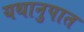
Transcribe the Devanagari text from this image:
यथानुपात